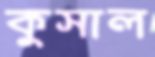
কুসাল